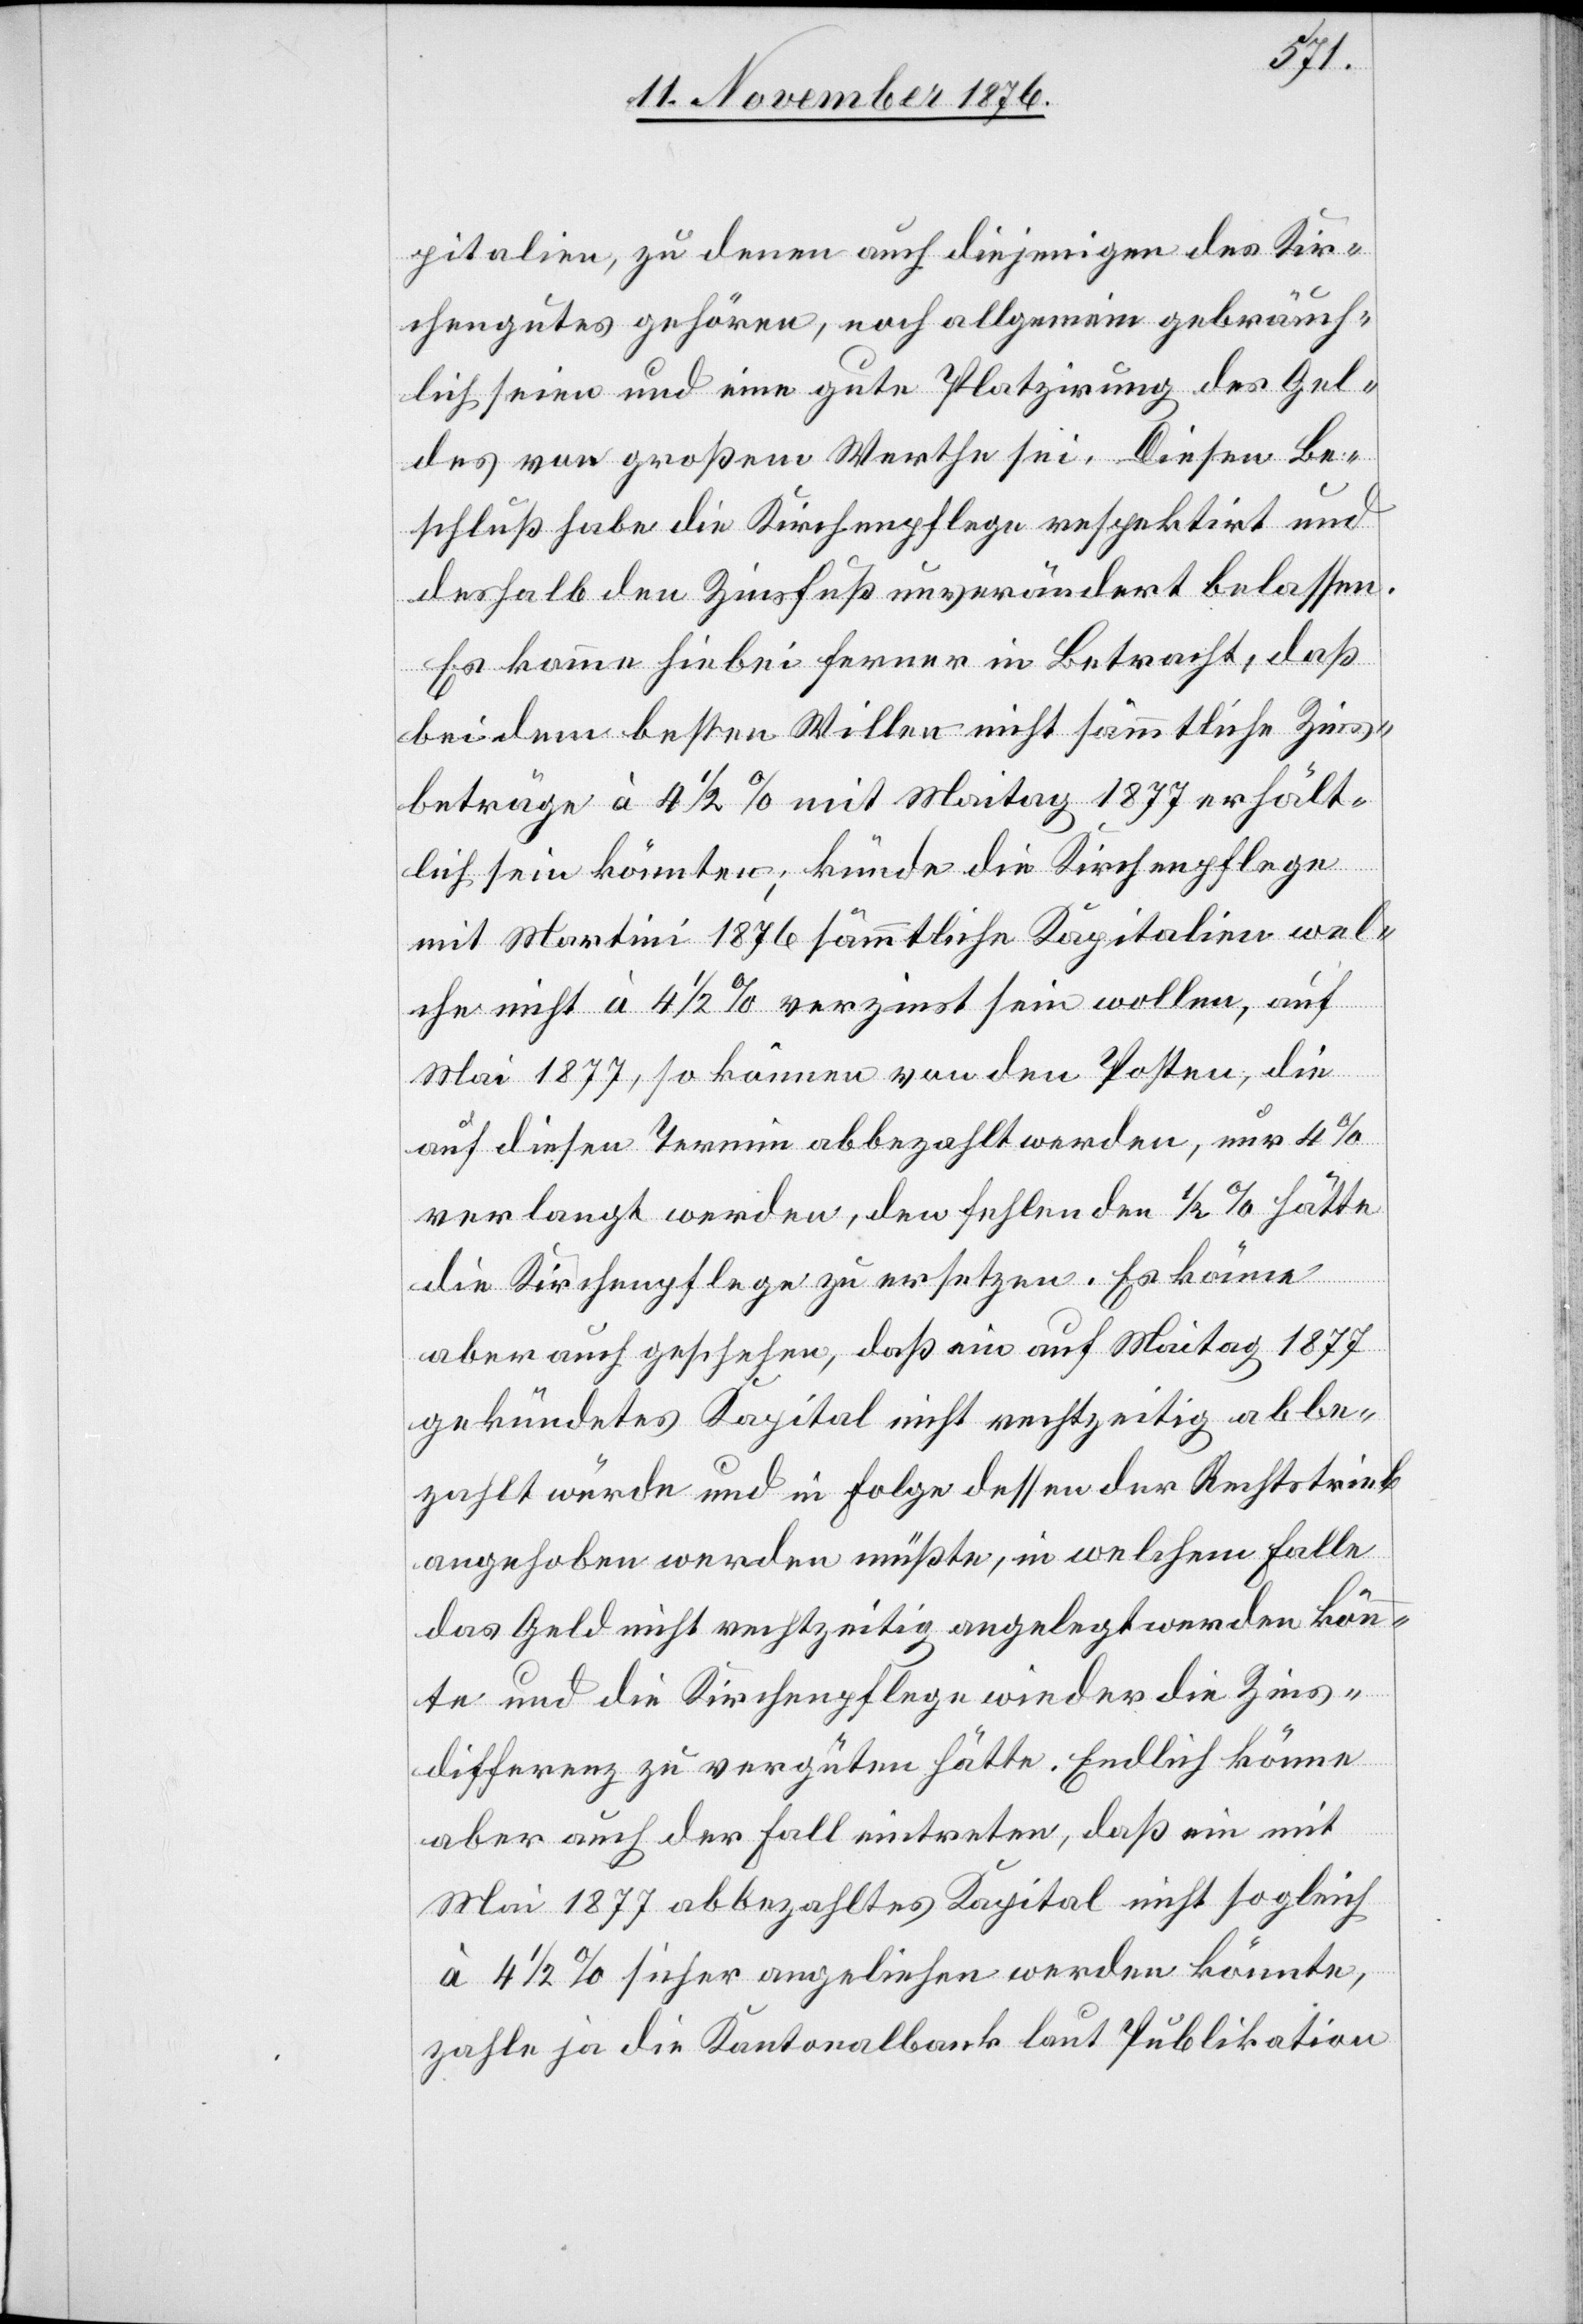
pitalien, zu denen auch diejenigen des Kir¬
chengutes gehören, noch allgemein gebräuch¬
lich seien und eine gute Platzirung des Gel¬
des von großem Werthe sei. Diesen Be¬
schluß habe die Kirchenpflege respektirt und
deshalb den Zinsfuß unverändert belassen.
Es käme hiebei ferner in Betracht, daß
bei dem besten Willen nicht sämmtliche Zins¬
beträge à 4 1/2% mit Maitag 1877 erhält¬
lich sein könnten; künde die Kirchenpflege
mit Martini 1876 sämmtliche Kapitalien wel¬
che nicht à 4 1/2% verzinst sein wollen, auf
Mai 1877, so können von den Posten, die
auf diesen Termin abbezahlt werden, nur 4%
verlangt werden, den fehlenden 1/2% hätte
die Kirchenpflege zu ersetzen. Es könne
aber auch geschehen, daß ein auf Maitag 1877
gekündetes Kapital nicht rechtzeitig abbe¬
zahlt würde und in Folge dessen der Rechtstrieb
angehoben werden müßte, in welchem Falle
das Geld nicht rechtzeitig angelegt werden könn¬
te und die Kirchenpflege wieder die Zins¬
differenz zu vergüten hätte. Endlich könne
aber auch der Fall eintreten, daß ein mit
Mai 1877 abbezahltes Kapital nicht sogleich
à 4 1/2% sicher angeliehen werden könnte,
zahle ja die Kantonalbank laut Publikation